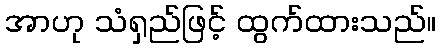
အာဟု သံရှည်ဖြင့် ထွက်ထားသည်။